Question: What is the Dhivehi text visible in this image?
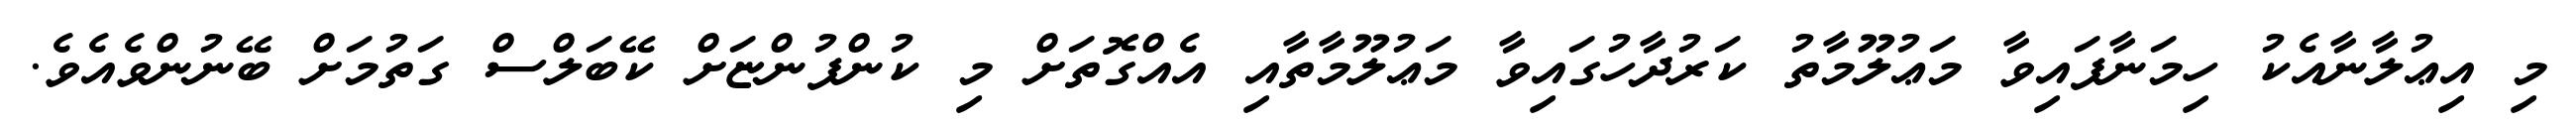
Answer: މި އިޢުލާނާއެކު ހިމަނާފައިވާ މަޢުލޫމާތު ކަރުދާހުގައިވާ މަޢުލޫމާތާއި އެއްގޮތަށް މި ކުންފުންޏަށް ކޭބަލްސް ގަތުމަށް ބޭނުންވެއެވެ.